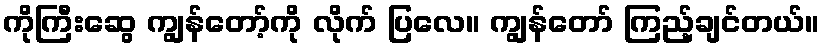
ကိုကြီးဆွေ ကျွန်တော့်ကို လိုက် ပြလေ။ ကျွန်တော် ကြည့်ချင်တယ်။